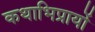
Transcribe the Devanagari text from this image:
कथाभिप्रायों